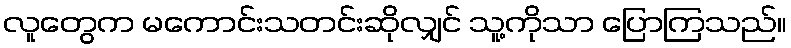
လူတွေက မကောင်းသတင်းဆိုလျှင် သူ့ကိုသာ ပြောကြသည်။